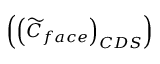
\left( \left( \widetilde { C } _ { f a c e } \right) _ { C D S } \right)